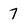
Character: 7